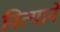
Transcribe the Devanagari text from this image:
नित्याने